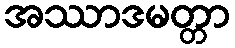
အဿာဒမတ္တာ